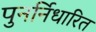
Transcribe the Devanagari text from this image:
पुनर्निधारित